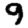
Digit: 9